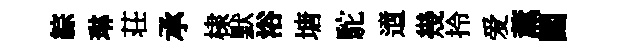
綜琳荘承棣默浴塘駝𨗁幾拎爱薰圜